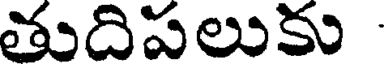
తుదిపలుకు